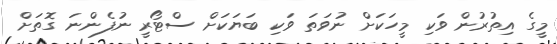
މީގެ އިތުރުން ވަކި މީހަކަށް ނުވަތަ ވަކި ބަޔަކަށް ސްޓޯރީ ނުފެންނަ ގޮތަށް